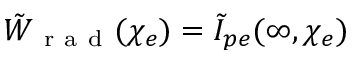
\tilde { W } _ { \mathrm { ~ r ~ a ~ d ~ } } ( \chi _ { e } ) = \tilde { I } _ { p e } ( \infty , \chi _ { e } )